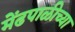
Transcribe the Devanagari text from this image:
मेंढपाळीच्या